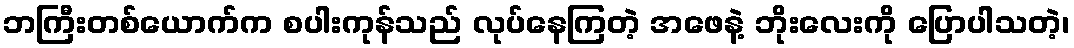
ဘကြီးတစ်ယောက်က စပါးကုန်သည် လုပ်နေကြတဲ့ အဖေနဲ့ ဘိုးလေးကို ပြောပါသတဲ့၊